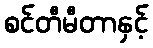
စင်တီမီတာနှင့်